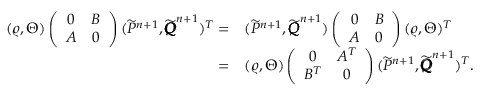
\begin{array} { r l } { ( \varrho , \Theta ) \left( \begin{array} { c c } { 0 } & { B } \\ { A } & { 0 } \end{array} \right) ( \widetilde { P } ^ { n + 1 } , \widetilde { \pmb { Q } } ^ { n + 1 } ) ^ { T } = } & { ( \widetilde { P } ^ { n + 1 } , \widetilde { \pmb { Q } } ^ { n + 1 } ) \left( \begin{array} { c c } { 0 } & { B } \\ { A } & { 0 } \end{array} \right) ( \varrho , \Theta ) ^ { T } } \\ { = } & { ( \varrho , \Theta ) \left( \begin{array} { c c } { 0 } & { A ^ { T } } \\ { B ^ { T } } & { 0 } \end{array} \right) ( \widetilde { P } ^ { n + 1 } , \widetilde { \pmb { Q } } ^ { n + 1 } ) ^ { T } . } \end{array}